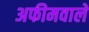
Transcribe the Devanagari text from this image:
अफीमवाले